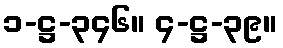
၁-ဋ္ဌ-၃၄၆။ ၄-ဋ္ဌ-၃၉။